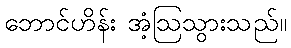
ဘောင်ဟိန်း အံ့ဩသွားသည်။